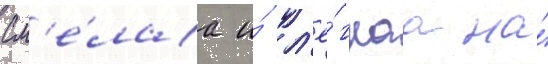
См'е́лаа и́ л'ё́гкаа на́